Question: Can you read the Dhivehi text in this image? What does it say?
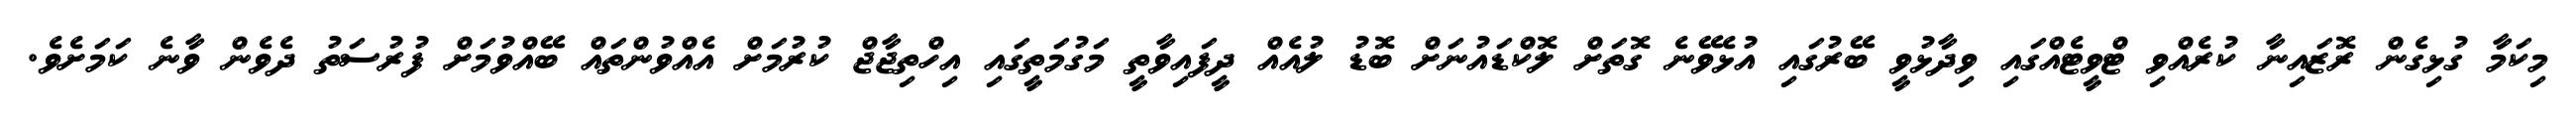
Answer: މިކަމާ ގުޅިގެން ރޮޒައިނާ ކުރެއްވި ޓްވީޓެއްގައި ވިދާޅުވީ ބޭރުގައި އުޅެވޭނެ ގޮތަށް ލޮކްޑައުނަށް ބޮޑު ލުއެއް ދީފައިވާތީ މަގުމަތީގައި އިހްތިޖާޖް ކުރުމަށް އެއްވުންތައް ބޭއްވުމަށް ފުރުސަތު ދެވެން ވާނެ ކަމަށެވެ.